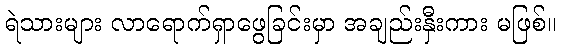
ရဲသားများ လာရောက်ရှာဖွေခြင်းမှာ အချည်းနှီးကား မဖြစ်။